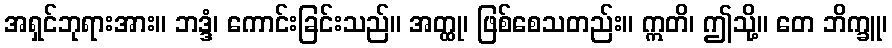
အရှင်ဘုရားအား။ ဘဒ္ဒံ၊ ကောင်းခြင်းသည်။ အတ္ထု၊ ဖြစ်စေသတည်း။ ဣတိ၊ ဤသို့။ တေ ဘိက္ခူ၊